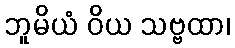
ဘူမိယံ ဝိယ သဗ္ဗထာ၊